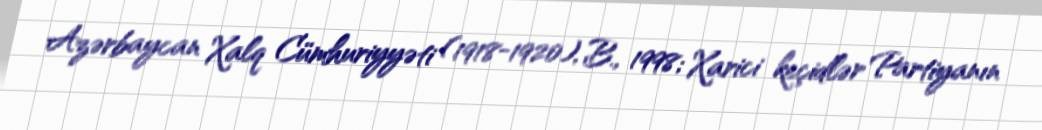
Azərbaycan Xalq Cümhuriyyəti (1918-1920), B., 1998; Xarici keçidlər Partiyanın